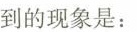
到的现象是：